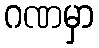
ဂဏမှာ